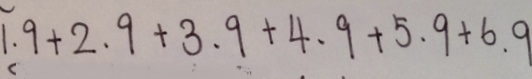
1 . 9 + 2 . 9 + 3 . 9 + 4 . 9 + 5 . 9 + 6 . 9